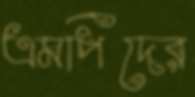
এমপিদের